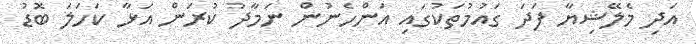
އަދި މެލޭޝިޔާ ފަދަ ގައުމުތަކުގައި އަންހެނުން ނަމާދު ކުރަން އަޅާ ކަހަލަ ބޮޑު